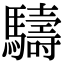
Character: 䮻